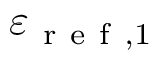
\varepsilon _ { \mathrm { ~ r ~ e ~ f ~ } , 1 }